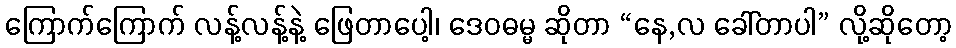
ကြောက်ကြောက် လန့်လန့်နဲ့ ဖြေတာပေါ့၊ ဒေဝဓမ္မ ဆိုတာ “နေ,လ ခေါ်တာပါ” လို့ဆိုတော့